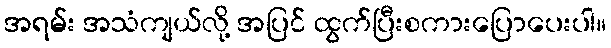
အရမ်း အသံကျယ်လို့ အပြင် ထွက်ပြီးစကားပြောပေးပါ။